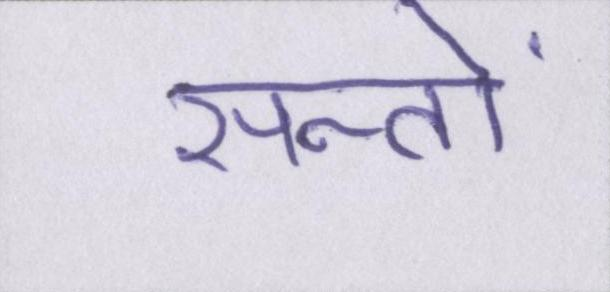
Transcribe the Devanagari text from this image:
सन्तों